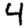
Digit: 4